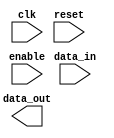
module lvcmos_buffer
(
    input wire clk,
    input wire reset,
    input wire enable,
    input wire [7:0] data_in,
    output reg [7:0] data_out
);

// LVCMOS buffer functionality goes here

endmodule